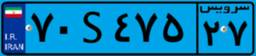
۲۵S۱۱۶۳۹